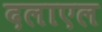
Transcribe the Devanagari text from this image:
दलाएल